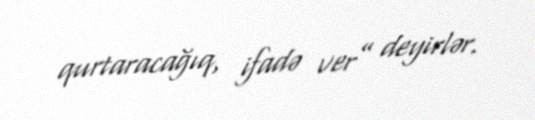
qurtaracağıq, ifadə ver” deyirlər.